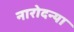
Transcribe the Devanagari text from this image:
नारोदन्या